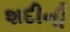
શદીની